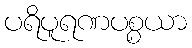
ပရိပူရဏပစ္စယာ